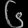
Digit: ၆